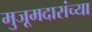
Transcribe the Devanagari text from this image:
मुजूमदारांच्या